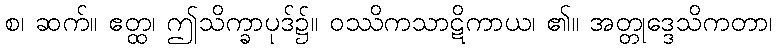
စ၊ ဆက်။ ဧတ္ထ၊ ဤသိက္ခာပုဒ်၌။ ဝဿိကသာဋိကာယ၊ ၏။ အတ္တုဒ္ဒေသိကတာ၊